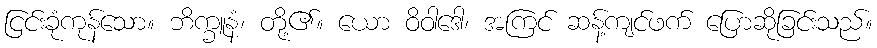
ငြင်းခုံကုန်သော။ ဘိက္ခူနံ၊ တို့၏။ ယော ဝိဝါဒေါ၊ အကြင် ဆန့်ကျင်ဖက် ပြောဆိုခြင်းသည်။